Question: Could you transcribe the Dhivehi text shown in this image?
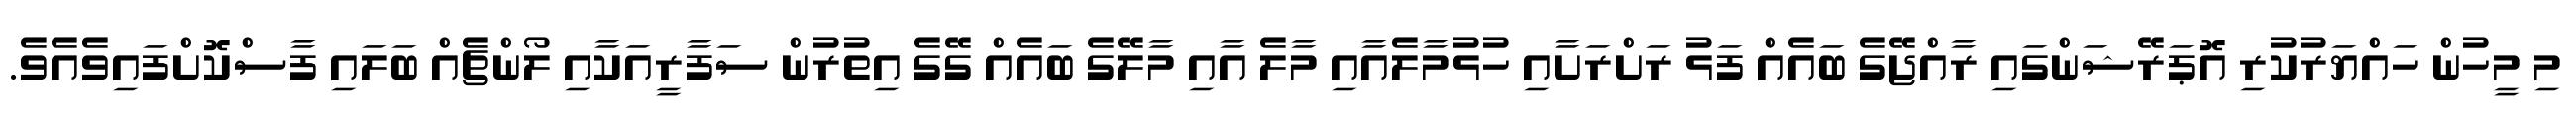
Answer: މި މީހުން ހައްޔަރުކުރި އޮޕަރޭޝަންގައި ރާއްޖޭގެ ބައެއް ފަޅު ރަށްރަށާއި ހުޅުމާލެއާއި މާލެ އާއި މާލޭގެ ބައެއް ގޭގެ އިތުރުން ސަފާރީއަކާއި ލޯންޗެއް ބަލައި ފާސްކޮށްފައިވެއެވެ.